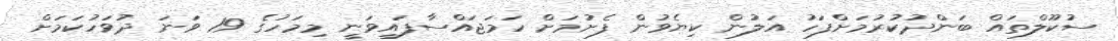
ސުކޫލްތައް ބަންދުކުރުމަށްފަހު އަލުން ކިޔެވުން ފެށުމަށް ހަމަޖައްސާފައިވަނީ މިމަހުގެ 19 ވަނަ ދުވަހުކަމަށް